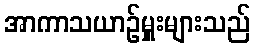
အာကာသယာဉ်မှူးများသည်